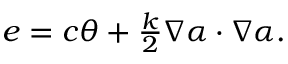
\begin{array} { r } { e = c \theta + \frac { k } { 2 } \nabla \alpha \cdot \nabla \alpha . } \end{array}